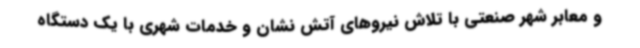
و معابر شهر صنعتی با تلاش نیروهای آتش نشان و خدمات شهری با یک دستگاه